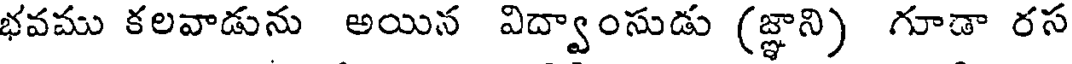
భవము కలవాడును అయిన విద్వాంసుడు (జ్ఞాని) గూడా రస